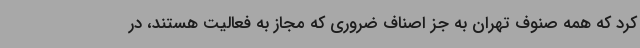
کرد که همه صنوف تهران به جز اصناف ضروری که مجاز به فعالیت هستند، در